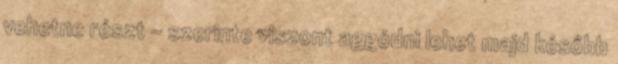
vehetne részt - szerinte viszont aggódni lehet majd később